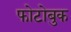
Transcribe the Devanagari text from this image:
फोटोबुक